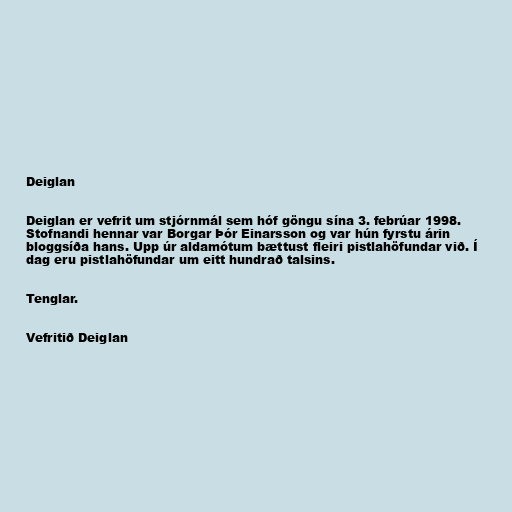
Deiglan

Deiglan er vefrit um stjórnmál sem hóf göngu sína 3. febrúar 1998.
Stofnandi hennar var Borgar Þór Einarsson og var hún fyrstu árin
bloggsíða hans. Upp úr aldamótum bættust fleiri pistlahöfundar við. Í
dag eru pistlahöfundar um eitt hundrað talsins.

Tenglar.

Vefritið Deiglan